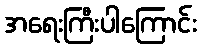
အရေးကြီးပါကြောင်း